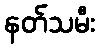
နတ်သမီး